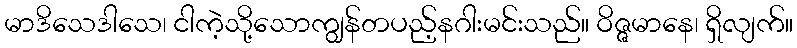
မာဒိသေဒါသေ၊ ငါကဲ့သို့သောကျွန်တပည့်နဂါးမင်းသည်။ ဝိဇ္ဇမာနေ၊ ရှိလျက်။